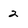
Character: 2